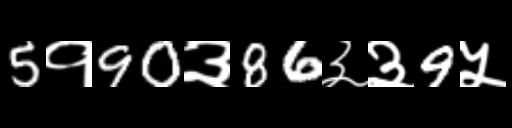
Text: 5१90३86३३9५